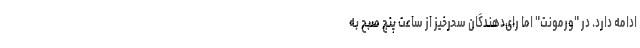
ادامه دارد. در "ورمونت" اما رای‌دهندگان سحرخیز از ساعت پنج صبح به